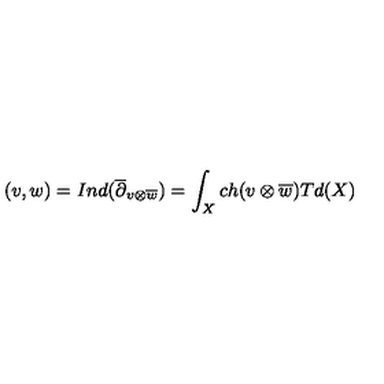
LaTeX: ( v , w ) = I n d ( \overline { { \partial } } _ { v \otimes \overline { { w } } } ) = \int _ { X } c h ( v \otimes \overline { { w } } ) T d ( X )